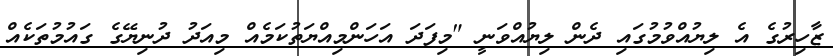
ޒާހިރުގެ އެ ލިޔުއްވުމުގައި ދެން ލިޔުއްވަނީ "މިފަދަ އަހަންމިއްޔަތުކަމެއް މިއަދު ދުނިޔޭގެ ގައުމުތަކެއް